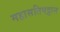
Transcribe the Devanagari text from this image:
महासतिपट्ठान